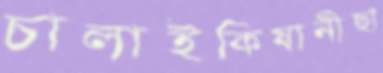
চালাইকিষানীছা